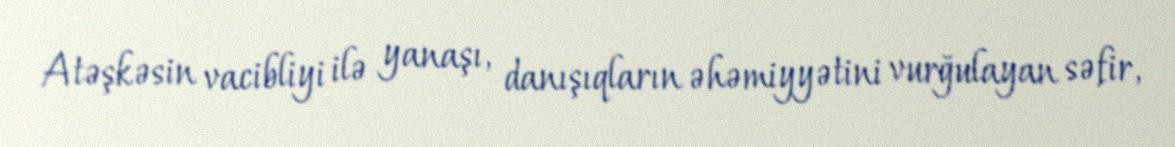
Atəşkəsin vacibliyi ilə yanaşı, danışıqların əhəmiyyətini vurğulayan səfir,